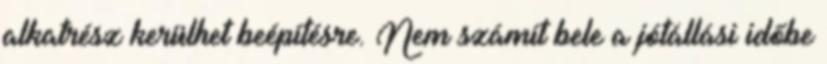
alkatrész kerülhet beépítésre. Nem számít bele a jótállási időbe